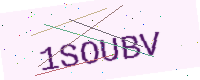
Text: 1SOUBV